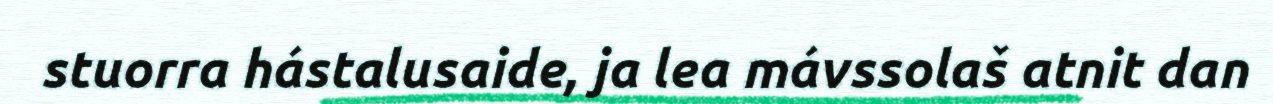
stuorra hástalusaide, ja lea mávssolaš atnit dan